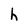
Character: h